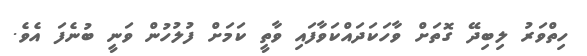
ހިތްވަރު ލިބިދޭ ގޮތަށް ވާހަކަދައްކަވާފައި ވާތީ ކަމަށް ފުލުހުން ވަނީ ބުނެފަ އެވެ.